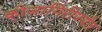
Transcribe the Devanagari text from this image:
कोजागिरीपर्यंत